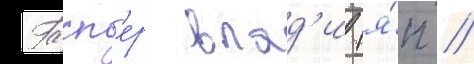
Гасп'ер влад'и (я́п //